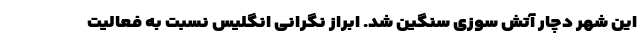
این شهر دچار آتش سوزی سنگین شد. ابراز نگرانی انگلیس نسبت به فعالیت